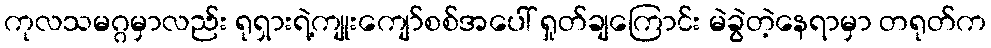
ကုလသမဂ္ဂမှာလည်း ရုရှားရဲ့ကျုးကျော်စစ်အပေါ် ရှုတ်ချကြောင်း မဲခွဲတဲ့နေရာမှာ တရုတ်က